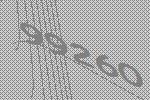
99260